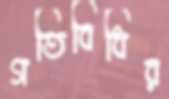
গতিবিধির